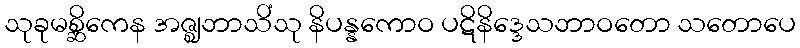
သုခုမစ္ဆိကေန အဇ္ဈဘာသိံသု နိပန္နကောဝ ပဋိနိဒ္ဒေသဘာဝတော သတောပေ